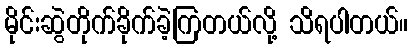
မိုင်းဆွဲတိုက်ခိုက်ခဲ့ကြတယ်လို့ သိရပါတယ်။